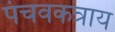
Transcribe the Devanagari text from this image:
पंचवकत्राय